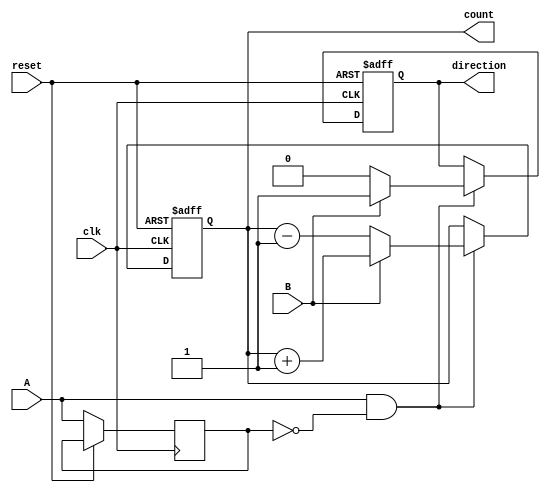
module rotary_encoder (
    input wire A,          // Rotary encoder signal A
    input wire B,          // Rotary encoder signal B
    input wire reset,      // Reset signal
    input wire clk,        // Clock signal
    output reg [7:0] count, // 8-bit count output
    output reg direction    // Direction output (1 for clockwise, 0 for counterclockwise)
);

    // Internal state to hold the last known states of A and B
    reg A_prev, B_prev;

    // Debounce logic can be added here if necessary

    always @(posedge clk or posedge reset) begin
        if (reset) begin
            count <= 8'b0; // Reset count to 0
            direction <= 1'b0; // Reset direction
        end else begin
            // Detect rising edge of A
            if (A && !A_prev) begin
                // Determine direction based on B
                if (B) begin
                    count <= count + 1; // Clockwise
                    direction <= 1'b1; // Clockwise
                end else begin
                    count <= count - 1; // Counterclockwise
                    direction <= 1'b0; // Counterclockwise
                end
            end
            // Update previous states
            A_prev <= A;
            B_prev <= B;
        end
    end

endmodule